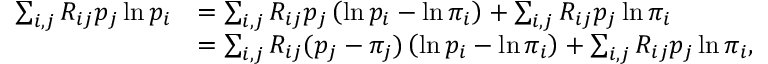
\begin{array} { r l } { \sum _ { i , j } R _ { i j } p _ { j } \ln p _ { i } } & { = \sum _ { i , j } R _ { i j } p _ { j } \left( \ln p _ { i } - \ln \pi _ { i } \right) + \sum _ { i , j } R _ { i j } p _ { j } \ln \pi _ { i } } \\ & { = \sum _ { i , j } R _ { i j } ( p _ { j } - \pi _ { j } ) \left( \ln p _ { i } - \ln \pi _ { i } \right) + \sum _ { i , j } R _ { i j } p _ { j } \ln \pi _ { i } , } \end{array}